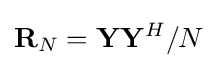
{\bf {R}}_{N}={\bf {Y}}{\bf {Y}}^{H}/N